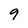
Character: 9